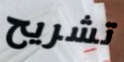
تشريح